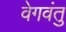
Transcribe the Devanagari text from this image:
वेगवंतु